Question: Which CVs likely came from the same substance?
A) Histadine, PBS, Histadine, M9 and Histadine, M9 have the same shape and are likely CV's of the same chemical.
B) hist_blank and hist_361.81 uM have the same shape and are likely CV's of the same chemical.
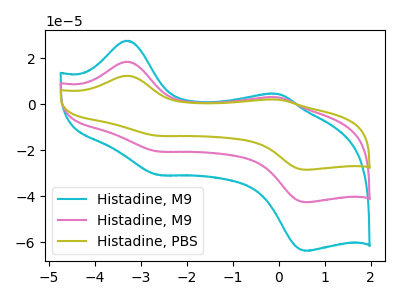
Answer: <think>The cyan curve "Histadine, M9" has anodic peaks at (-3.35V, 36.90uA) (-0.05V, 6.00uA) and cathodic peaks at (-2.65V, -41.10uA) (0.55V, -85.15uA). The pink curve "Histadine, M9" has anodic peaks at (-3.35V, 18.45uA) (-0.05V, 3.00uA) and cathodic peaks at (-2.65V, -20.55uA) (0.55V, -42.60uA). The olive curve "Histadine, PBS" has anodic peaks at (-3.35V, 12.35uA) (-0.05V, 2.00uA) and cathodic peaks at (-2.65V, -13.75uA) (0.55V, -28.50uA).
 All the peaks in "Histadine, M9" have a peak in "Histadine, M9" at the same potential. Every peak in "Histadine, M9" is higher than every peak in "Histadine, M9". All the peaks in "Histadine, M9" have a peak in "Histadine, PBS" at the same potential. Every peak in "Histadine, M9" is higher than every peak in "Histadine, PBS". All the peaks in "Histadine, M9" have a peak in "Histadine, PBS" at the same potential. Every peak in "Histadine, M9" is higher than every peak in "Histadine, PBS".</think>
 <answer>A) "Histadine, PBS", "Histadine, M9" and "Histadine, M9" have the same shape and are likely CV's of the same chemical.</answer>
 <eval>A</eval>